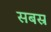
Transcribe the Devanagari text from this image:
सबस्र